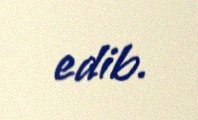
edib.